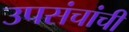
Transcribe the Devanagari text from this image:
उपसंचांची